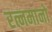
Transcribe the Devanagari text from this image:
रत्नमानो